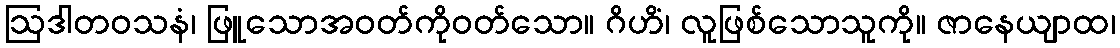
ဩဒါတဝသနံ၊ ဖြူသောအဝတ်ကိုဝတ်သော။ ဂိဟိံ၊ လူဖြစ်သောသူကို။ ဇာနေယျာထ၊